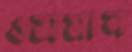
ওসমান